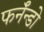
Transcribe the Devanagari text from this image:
फर्नॅन्डो